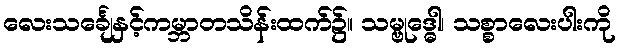
လေးသင်္ချေနှင့်ကမ္ဘာတသိန်းထက်၌။ သမ္ဗုဒ္ဓေါ၊ သစ္စာလေးပါးကို